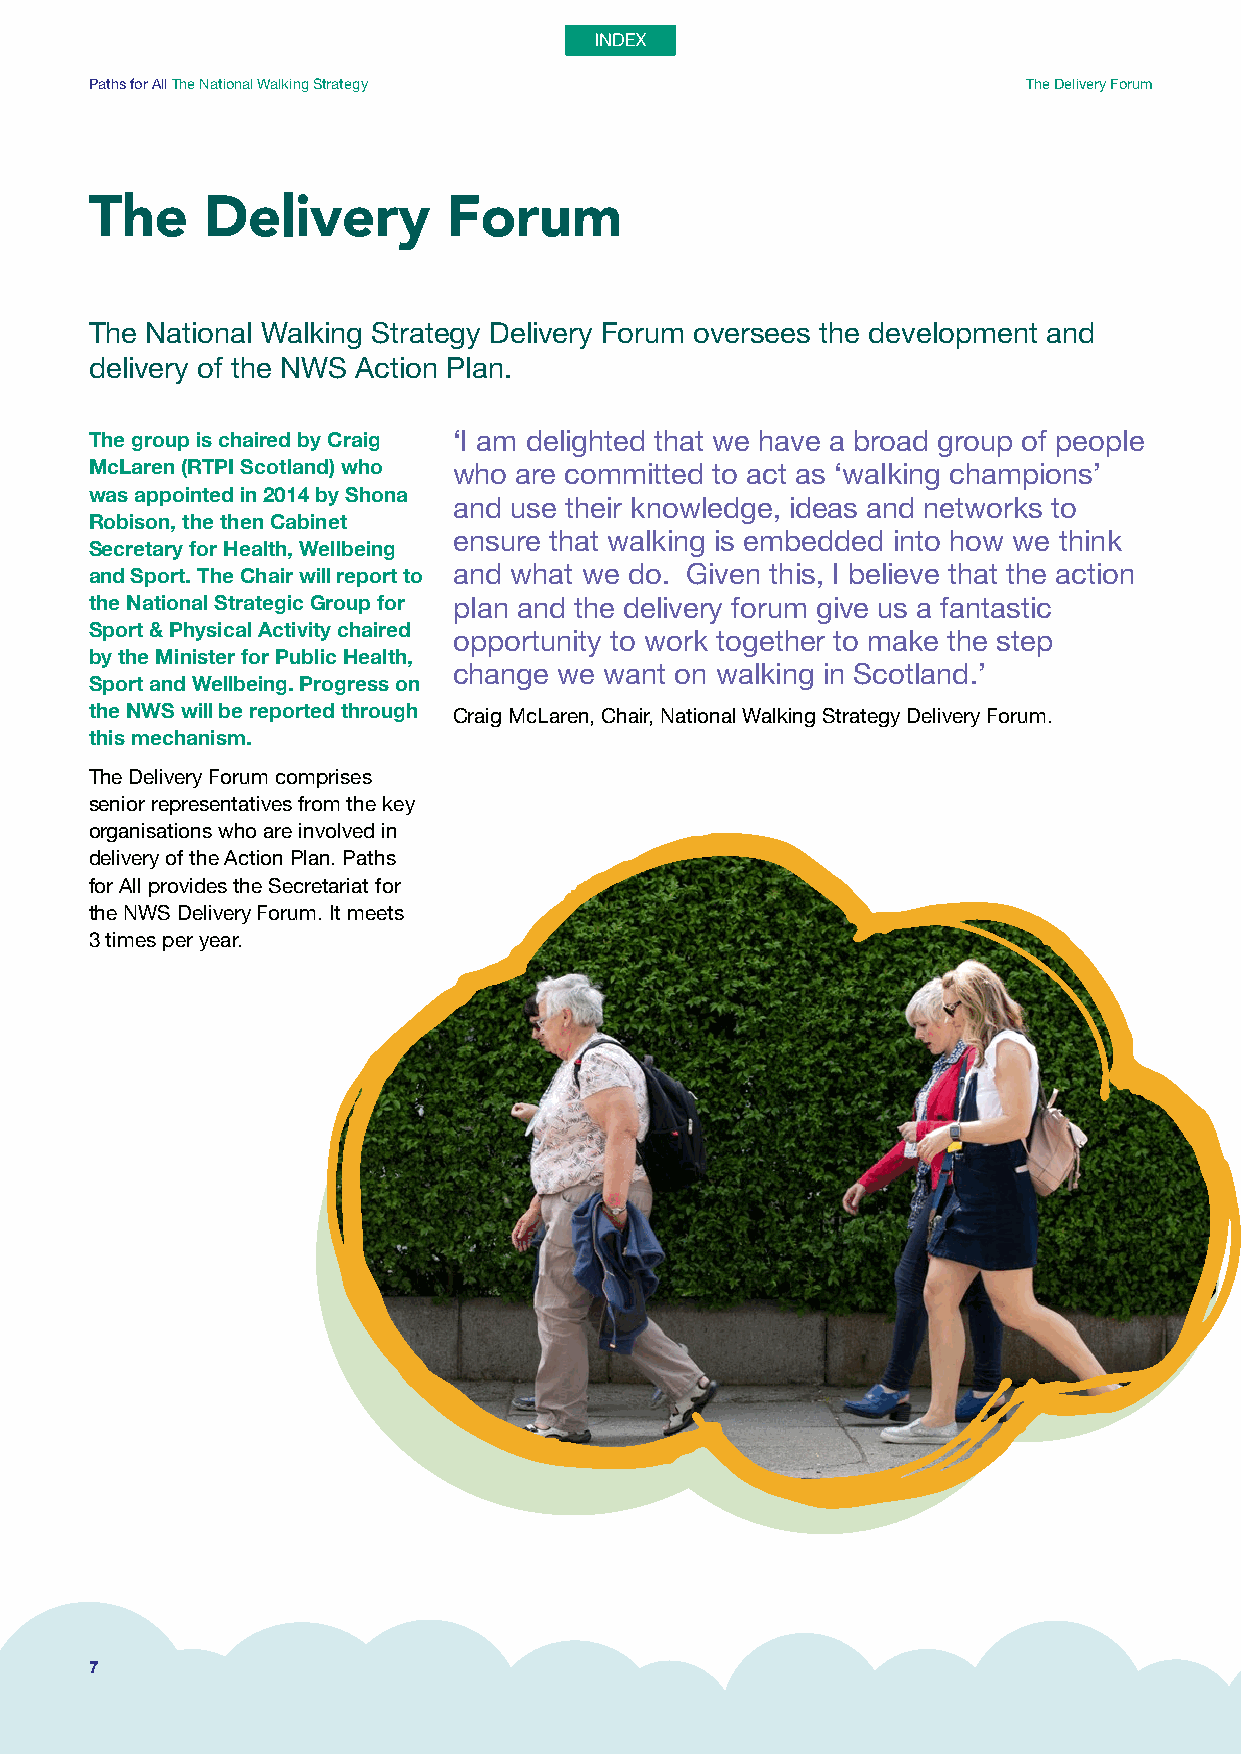
Paths for All The National Walking Strategy                   The Delivery Forum
 The     Delivery        Forum
 The National Walking Strategy Delivery Forum oversees the development and
 delivery of the NWS Action Plan.
 The group is chaired by Craig ‘I am delighted that we have a broad group of people
 McLaren (RTPI Scotland) who who are committed to act as ‘walking champions’
 was appointed in 2014 by Shona
 and use their knowledge, ideas and networks to
 Robison, the then Cabinet
 ensure that walking is embedded into how we think
 Secretary for Health, Wellbeing
 and Sport. The Chair will report to and what we do. Given this, I believe that the action
 the National Strategic Group for plan and the delivery forum give us a fantastic
 Sport & Physical Activity chaired
 opportunity to work together to make the step
 by the Minister for Public Health,
 change we want on walking in Scotland.’
 Sport and Wellbeing. Progress on
 the NWS will be reported through Craig McLaren, Chair, National Walking Strategy Delivery Forum.
 this mechanism.
 The Delivery Forum comprises
 senior representatives from the key
 organisations who are involved in
 delivery of the Action Plan. Paths
 for All provides the Secretariat for
 the NWS Delivery Forum. It meets
 3 times per year.
 7